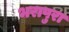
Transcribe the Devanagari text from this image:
भरापुरा